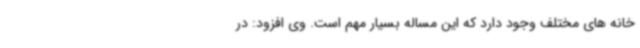
خانه های مختلف وجود دارد که این مساله بسیار مهم است. وی افزود: در